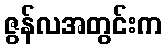
ဇွန်လအတွင်းက